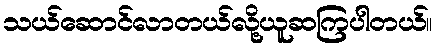
သယ်ဆောင်လာတယ်လို့ယူဆကြပါတယ်။